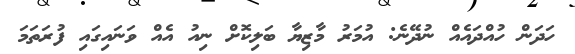
ހަދަން ހުއްދައެއް ނުދޭނެ: އުމަރު މާޒިޔާ ބަލިކޮށް ނިއު އެއް ވަނައިގައި ފުރަތަމަ